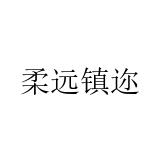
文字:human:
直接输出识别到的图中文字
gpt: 柔远镇迩